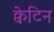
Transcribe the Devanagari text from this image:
क्वेटिन